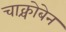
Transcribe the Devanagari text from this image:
चाक्चोबेन